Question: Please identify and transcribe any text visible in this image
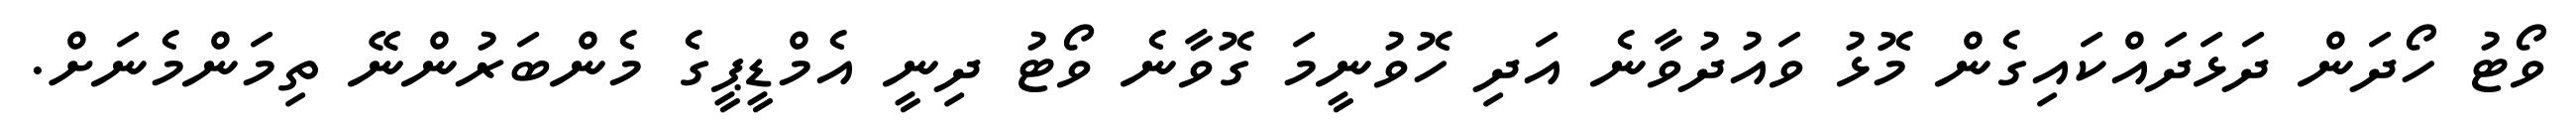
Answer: ވޯޓު ހޯދަން ދަޅަދައްކައިގެން މޮޅު ވައުދުވާނެ އަދި ހޮވުނީމަ ގޮވާނެ ވޯޓު ދިނީ އެމްޑީޕީގެ މެންބަރުންނޭ ތިމަންމެނަށް.